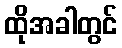
ထိုအခါတွင်